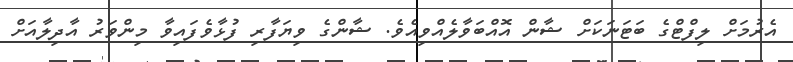
އެރުމަށް ލިފްޓްގެ ބަޓަނަކަށް ޝާން އޮއްބަވާލެއްވިއެވެ. ޝާންގެ ވިޔަފާރި ފުޅާވެފައިވާ މިންވަރު އާދިލާއަށް